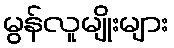
မွန်လူမျိုးများ